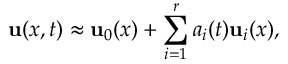
{ \mathbf { u } } ( x , t ) \approx { \mathbf { u } } _ { 0 } ( x ) + \sum _ { i = 1 } ^ { r } a _ { i } ( t ) { \mathbf { u } } _ { i } ( x ) ,